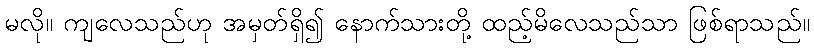
မလို။ ကျလေသည်ဟု အမှတ်ရှိ၍ နောက်သားတို့ ထည့်မိလေသည်သာ ဖြစ်ရာသည်။